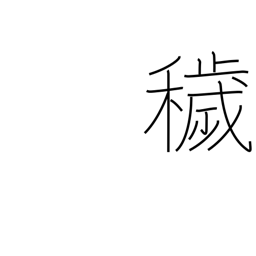
Meaning: dirty